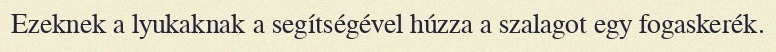
Ezeknek a lyukaknak a segítségével húzza a szalagot egy fogaskerék.